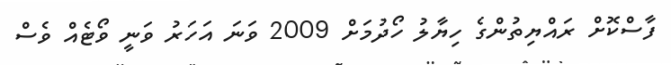
ފާސްކޮށް ރައްޔިތުންގެ ހިޔާލު ހޯދުމަށް 2009 ވަނަ އަހަރު ވަނީ ވޯޓެއް ވެސް